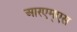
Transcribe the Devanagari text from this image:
आरएम्एस